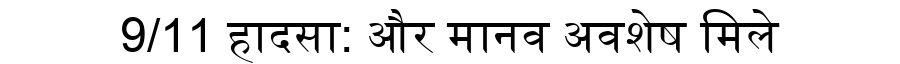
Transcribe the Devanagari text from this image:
9/11 हादसा: और मानव अवशेष मिले